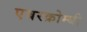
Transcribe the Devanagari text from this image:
एबरक्रोम्बी